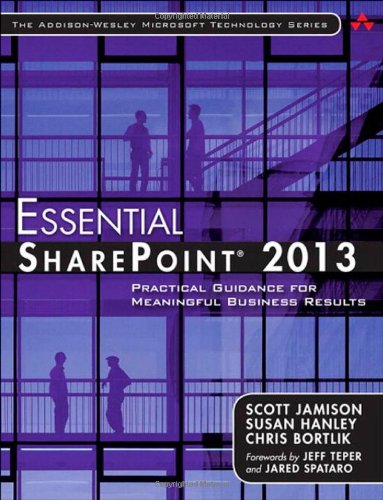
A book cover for Essential SharePointÂ® 2013: Practical Guidance for Meaningful Business Results (3rd Edition) (Addison-Wesley Microsoft Technology Series); Scott Jamison; Computers & Technology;